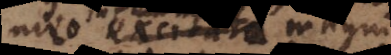
meo excitati magni